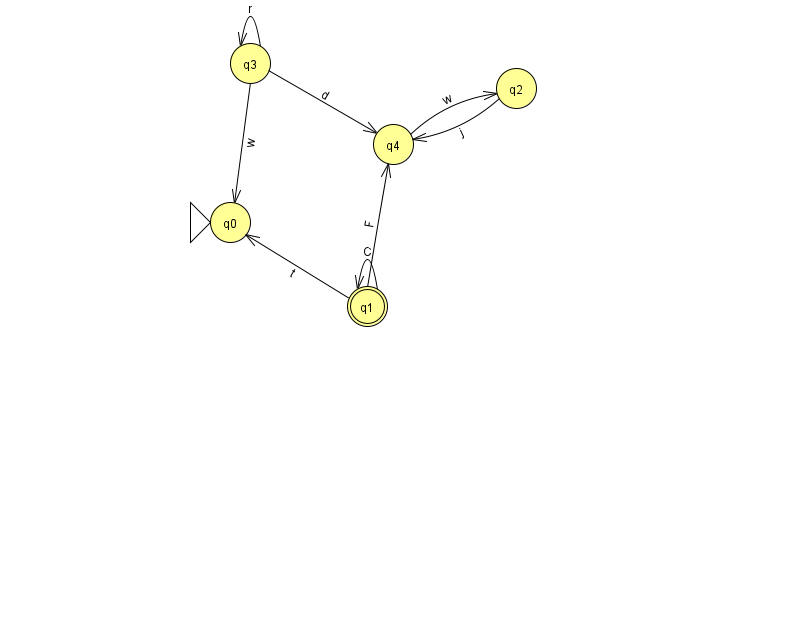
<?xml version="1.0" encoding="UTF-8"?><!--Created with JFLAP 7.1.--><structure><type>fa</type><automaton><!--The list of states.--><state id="0" name="q0"><x>230.0</x><y>209.0</y><initial/></state><state id="1" name="q1"><x>367.0</x><y>293.0</y><final/></state><state id="2" name="q2"><x>516.0</x><y>75.0</y></state><state id="3" name="q3"><x>250.0</x><y>50.0</y></state><state id="4" name="q4"><x>393.0</x><y>131.0</y></state><!--The list of transitions.--><transition><from>3</from><to>0</to><read>w</read></transition><transition><from>3</from><to>4</to><read>d</read></transition><transition><from>3</from><to>3</to><read>r</read></transition><transition><from>1</from><to>1</to><read>C</read></transition><transition><from>2</from><to>4</to><read>j</read></transition><transition><from>1</from><to>0</to><read>t</read></transition><transition><from>1</from><to>4</to><read>F</read></transition><transition><from>4</from><to>2</to><read>w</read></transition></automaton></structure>